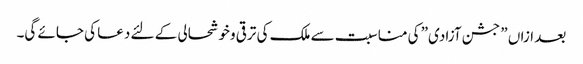
بعد ازاں ” جشن آزادی” کی مناسبت سے ملک کی ترقی وخوشحالی کے لئے دعا کی جائے گی۔